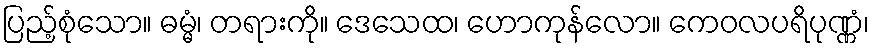
ပြည့်စုံသော။ ဓမ္မံ၊ တရားကို။ ဒေသေထ၊ ဟောကုန်လော။ ကေဝလပရိပုဏ္ဏံ၊